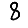
Digit: 8